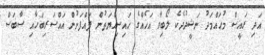
އަދި ރައީސް މުޙައްމަދު ނަޝީދުދެކެ ލޯބިވާ އަޚެއްގެ ޙައިސިއްޔަތުން ފައްފަށުން އައްސަރިބަހާއި ސާބަސް